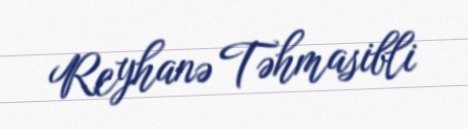
Reyhanə Təhmasibli